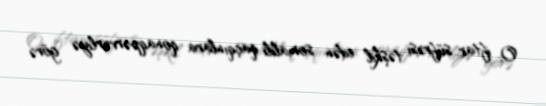
O, iftar süfrəsi təşkil edən somalili qaçqınlara qonaqpərvərliyə görə